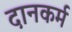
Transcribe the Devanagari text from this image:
दानकर्म